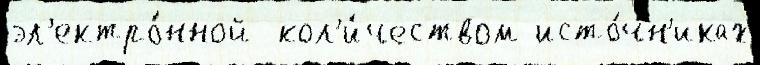
эл'ектро́нной  кол'и́чеством исто́чн'иках